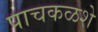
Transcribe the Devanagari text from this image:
पाचकळशे